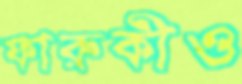
ফারুকীও